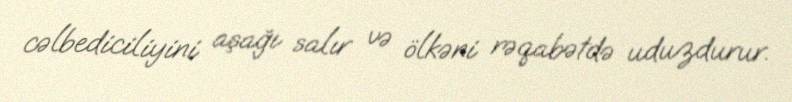
cəlbediciliyini aşağı salır və ölkəni rəqabətdə uduzdurur.